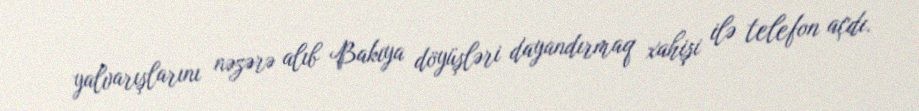
yalvarışlarını nəzərə alıb Bakıya döyüşləri dayandırmaq xahişi ilə telefon açdı.